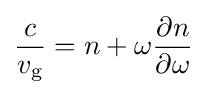
{\frac {c}{v_{\rm {g}}}}=n+\omega {\frac {\partial n}{\partial \omega }}